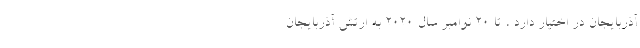
آذربایجان در اختیار دارد ، تا 20 نوامبر سال 2020 به ارتش آذربایجان